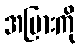
အပြားကို